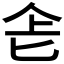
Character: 𠤒